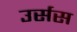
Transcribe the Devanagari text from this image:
उर्सस